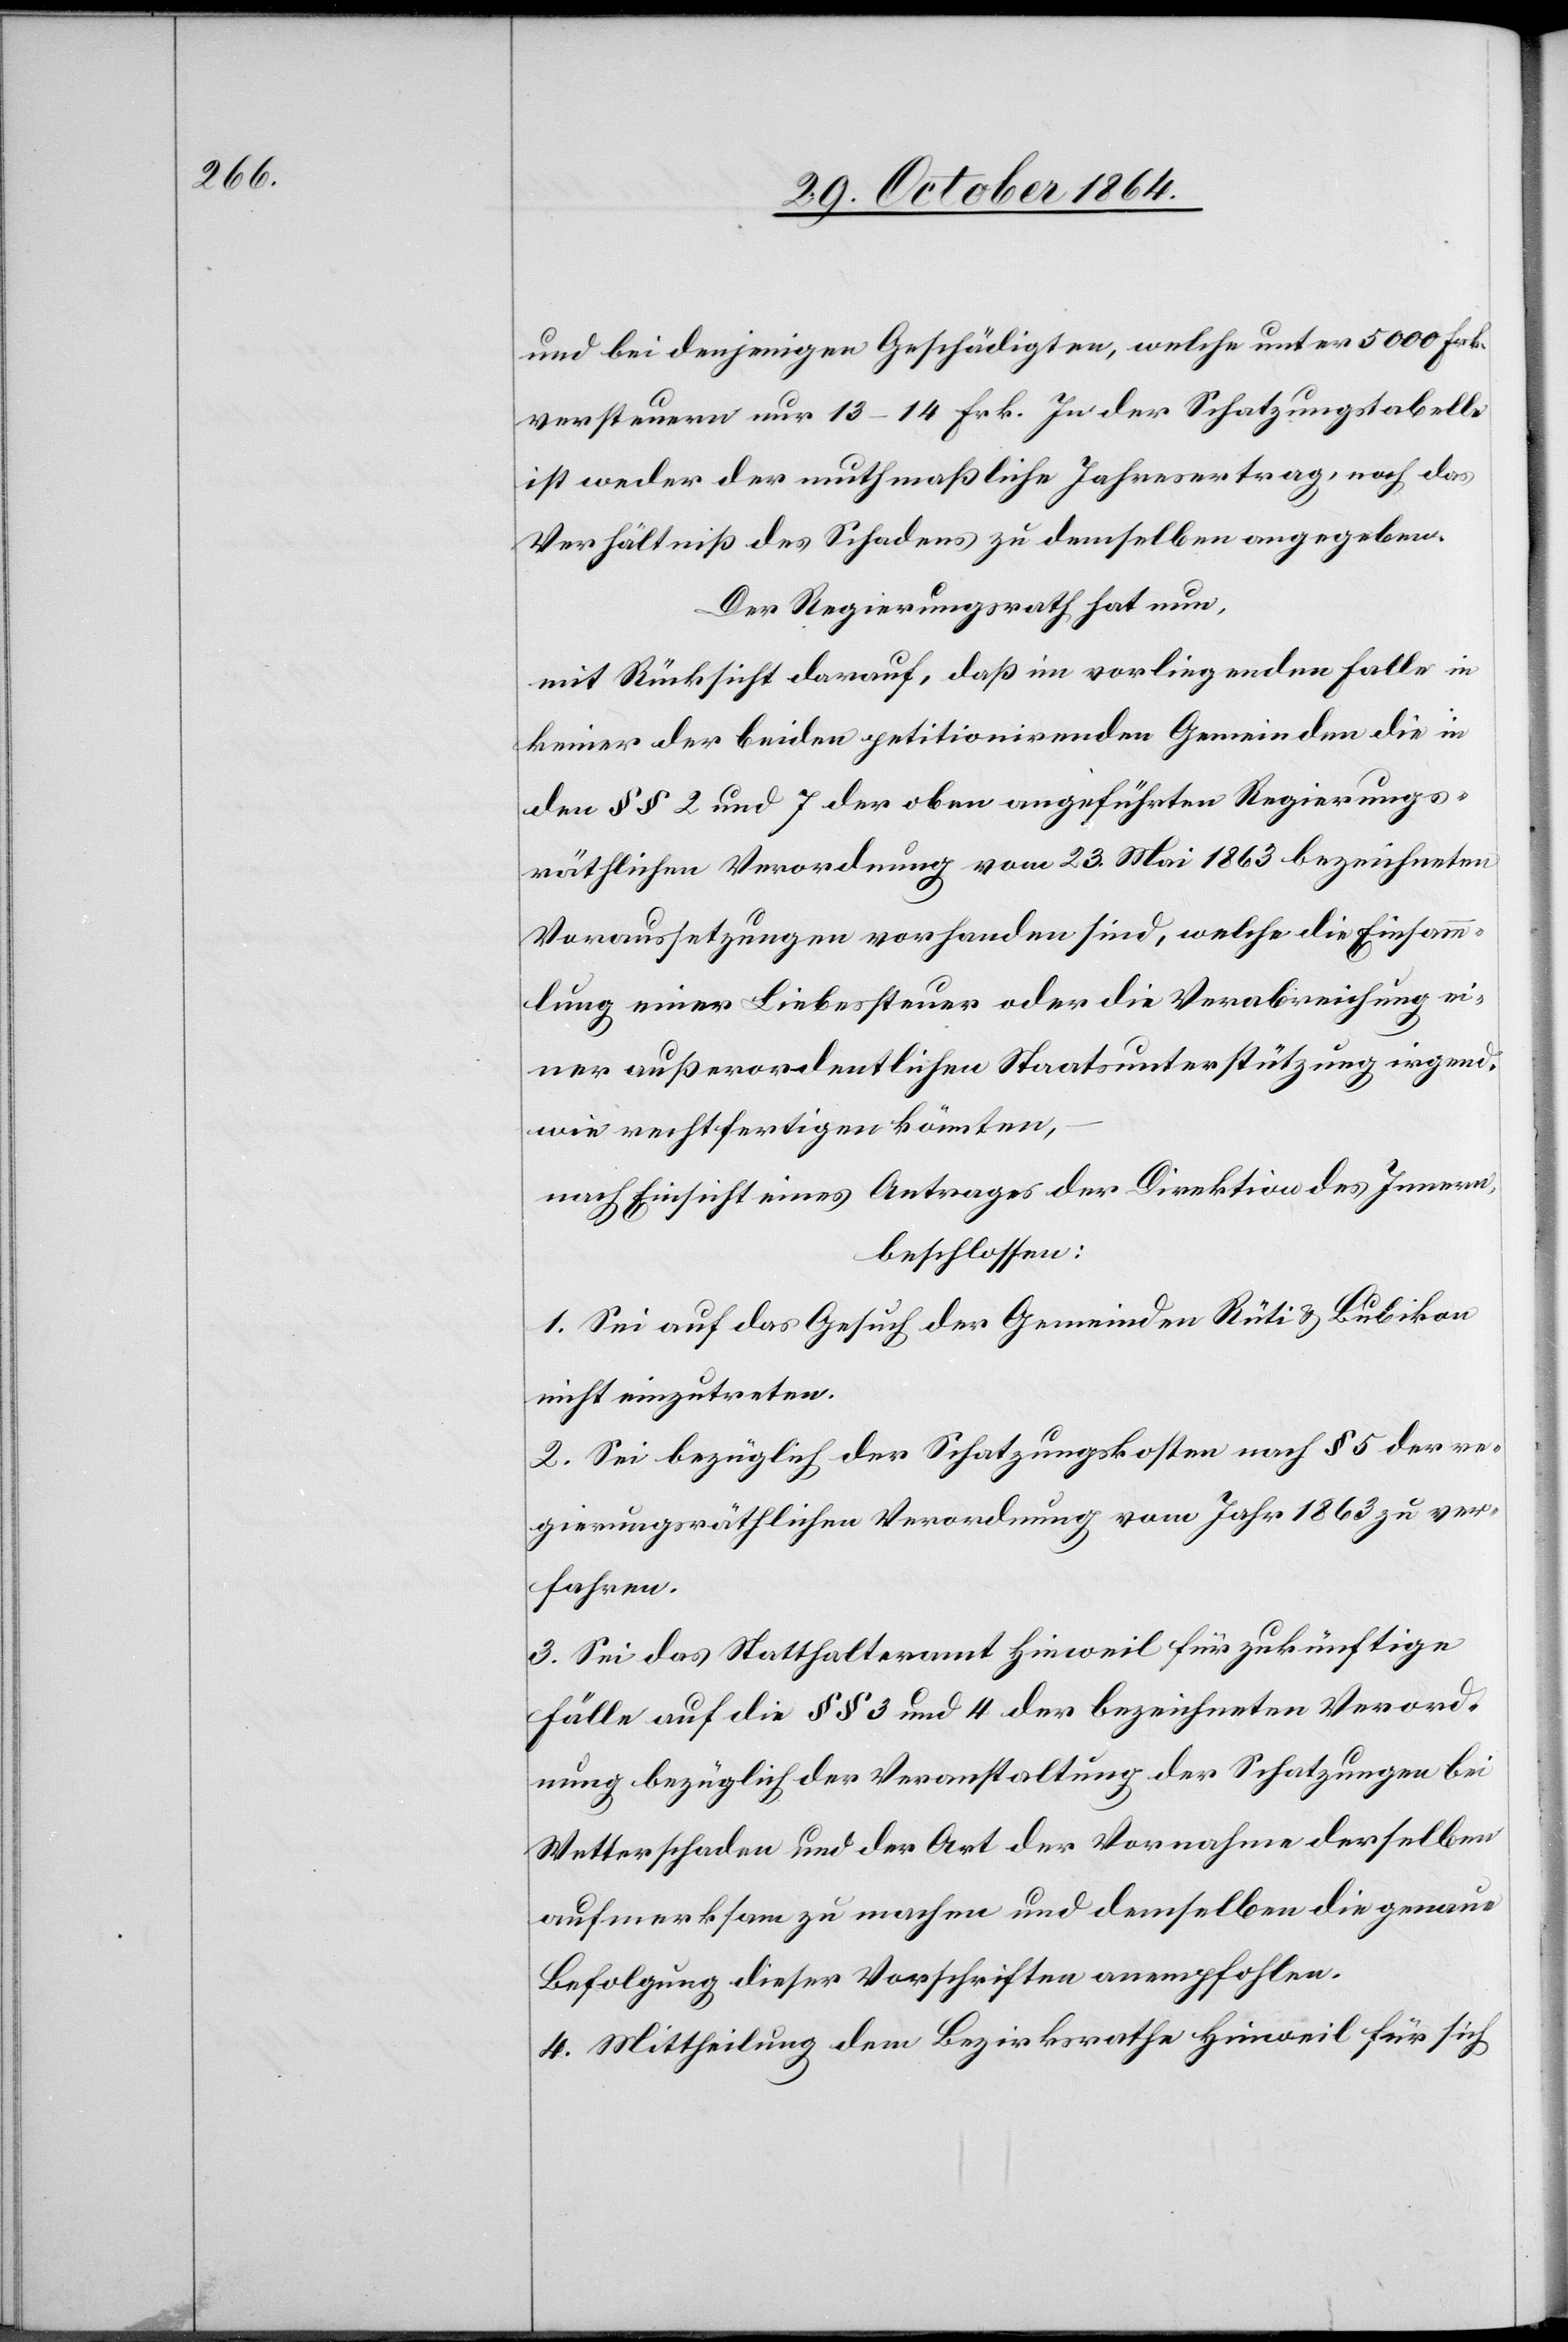
und bei denjenigen Geschädigten, welche unter 5000 Frk.
versteuern 13–14 Frk. In der Schatzungstabelle
ist weder der muthmaßliche Jahresertrag, noch das
Verhältniß des Schadens zu demselben angegeben.
Der Regierungsrath hat nun,
mit Rücksicht darauf, daß im vorliegenden Falle in
keiner der beiden petitionirenden Gemeinden die in
den §§ 2 und 7 der oben angeführten Regierungs¬
räthlichen Verordnung vom 23. Mai 1863 bezeichneten
Voraussetzungen vorhanden sein, welche die Einsamm¬
lung einer Liebessteuer oder die Verabreichung ei¬
ner außerordentlichen Staatsunterstützung irgend¬
wie rechtfertigen könnten,
beschlossen:
1. Sei auf das Gesuch der Gemeinden Rüti & Bubikon
nicht einzutreten.
2. Sei bezüglich der Schatzungskosten nach § 5 der re¬
gierungsräthlichen Verordnung vom Jahr 1863 zu ver¬
fahren.
3. Sei das Statthalteramt Hinweil für zukünftige
Fälle auf die §§ 3 und 4 der bezeichneten Verord¬
nung bezüglich der Veranstaltung der Schatzungen bei
Wetterschaden und der Art der Vornahme derselben
aufmerksam zu machen und demselben die genaue
Befolgung dieser Vorschriften anempfohlen.
4. Mittheilung dem Bezirksrathe Hinweil für sich